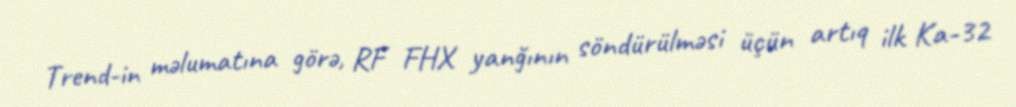
Trend-in məlumatına görə, RF FHX yanğının söndürülməsi üçün artıq ilk Ka-32